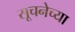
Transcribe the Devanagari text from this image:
सूचनेच्या